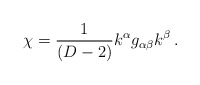
\begin{align*}\chi = \frac1{(D-2)}k^\alpha g_{\alpha\beta} k^\beta\, . \end{align*}